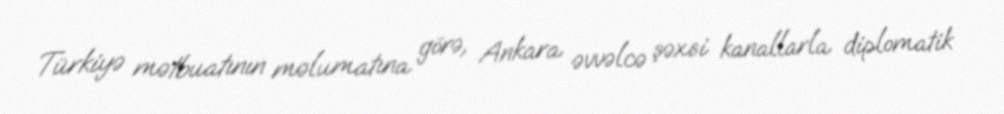
Türkiyə mətbuatının məlumatına görə, Ankara əvvəlcə şəxsi kanallarla diplomatik